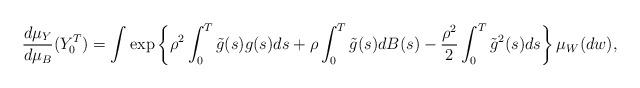
LaTeX: \begin{align*} \frac{d\mu_{Y}}{d\mu_B}(Y_0^T) = \int \exp\left\{\rho^2 \int_0^T \tilde g(s) g(s) ds+\rho \int_0^T \tilde g(s) dB(s)-\frac{\rho^2}{2}\int_0^T \tilde g^2(s)ds\right\} \mu_W(dw),\end{align*}